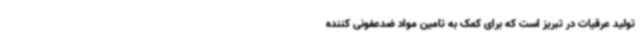
تولید عرقیات در تبریز است که برای کمک به تامین مواد ضدعفونی کننده